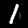
Digit: 1